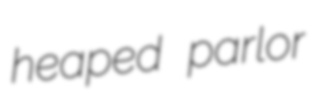
heaped parlor